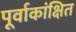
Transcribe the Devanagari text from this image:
पूर्वाकांक्षित